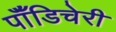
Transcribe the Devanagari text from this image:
पॉँडिचेरी